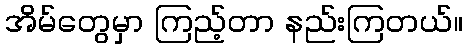
အိမ်တွေမှာ ကြည့်တာ နည်းကြတယ်။